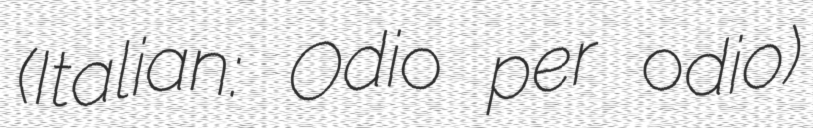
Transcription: (Italian: Odio per odio)